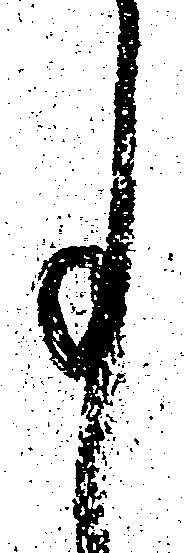
事